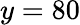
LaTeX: y=80